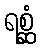
ရစ္ဆံ